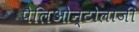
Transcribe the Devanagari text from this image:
पैलिओन्टोलाजी